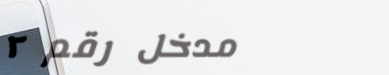
مدخل رقم ٢